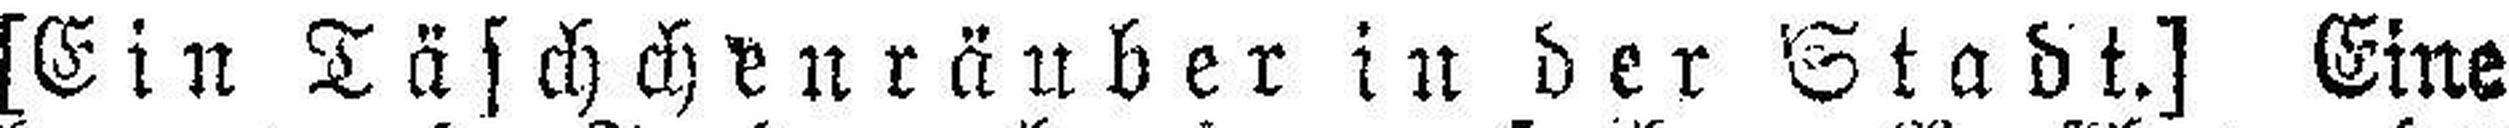
[Ein Täschchenräuber in der Stadt.] Eine